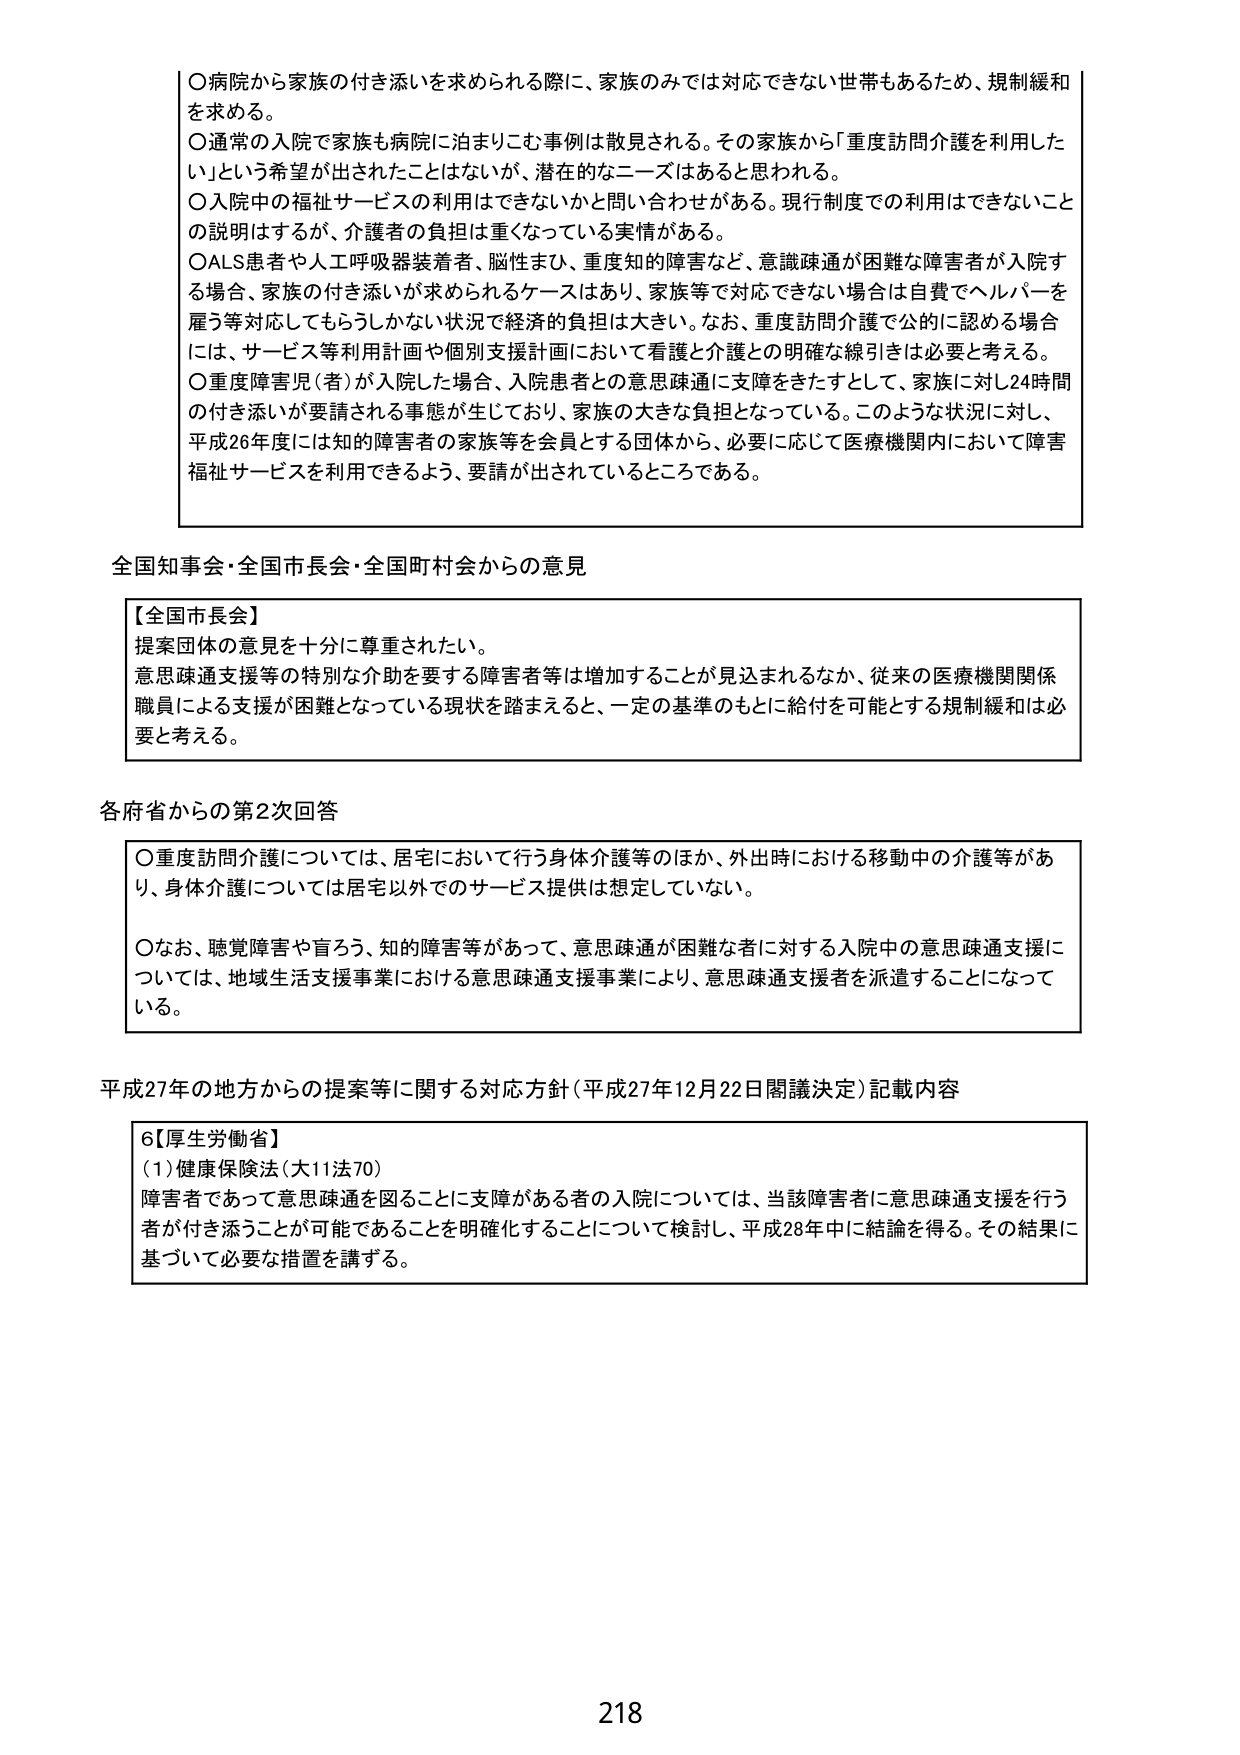
○病院から家族の付き添いを求められる際に、家族のみでは対応できない世帯もあるため、規制緩和を求める。
○通常の入院で家族も病院に泊まりこむ事例は散見される。その家族から「重度訪問介護を利用したい」という希望が出されたことはないが、潜在的なニーズはあると思われる。
○入院中の福祉サービスの利用はできないかと問い合わせがある。現行制度での利用はできないことの説明はするが、介護者の負担は重くなっている実情がある。
○ALS患者や人工呼吸器装着者、脳性まひ、重度知的障害など、意思疎通が困難な障害者が入院する場合、家族の付き添いが求められるケースはあり、家族等で対応できない場合は自費でヘルパーを雇う等対応してもらうしかない状況で経済的負担は大きい。なお、重度訪問介護で公的に認める場合には、サービス等利用計画や個別支援計画において看護と介護との明確な線引きは必要と考える。
○重度障害児（者）が入院した場合、入院患者との意思疎通に支障をきたすとして、家族に対し24時間の付き添いが要請される事態が生じており、家族の大きな負担となっている。このような状況に対し、平成26年度には知的障害者の家族等を会員とする団体から、必要に応じて医療機関内において障害福祉サービスを利用できるよう、要請が出されているところである。

全国知事会・全国市長会・全国町村会からの意見

【全国市長会】
提案団体の意見を十分に尊重されたい。
意思疎通支援等の特別な介助を要する障害者等は増加することが見込まれるなか、従来の医療機関関係職員による支援が困難となっている現状を踏まえると、一定の基準のもとに給付を可能とする規制緩和は必要と考える。

各府省からの第2次回答

○重度訪問介護については、居宅において行う身体介護等のほか、外出時における移動中の介護等があり、身体介護については居宅以外でのサービス提供は想定していない。
○なお、聴覚障害や盲ろう、知的障害等があって、意思疎通が困難な者に対する入院中の意思疎通支援については、地域生活支援事業における意思疎通支援事業により、意思疎通支援者を派遣することになっている。

平成27年の地方からの提案等に関する対応方針（平成27年12月22日閣議決定）記載内容

6【厚生労働省】
（1）健康保険法（大11法70）
障害者であって意思疎通を図ることに支障がある者の入院については、当該障害者に意思疎通支援を行う者が付き添うことが可能であることを明確化することについて検討し、平成28年中に結論を得る。その結果に基づいて必要な措置を講ずる。

218